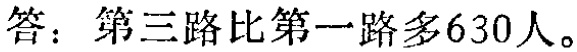
答：第三路比第一路多630人。